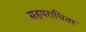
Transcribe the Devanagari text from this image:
सहपराधिता